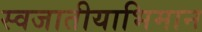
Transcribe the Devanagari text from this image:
स्वजातीयाभिमान